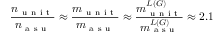
\frac { n _ { \mathrm { ~ u ~ n ~ i ~ t ~ } } } { n _ { \mathrm { ~ a ~ s ~ u ~ } } } \approx \frac { m _ { \mathrm { ~ u ~ n ~ i ~ t ~ } } } { m _ { \mathrm { ~ a ~ s ~ u ~ } } } \approx \frac { m _ { \mathrm { ~ u ~ n ~ i ~ t ~ } } ^ { L ( G ) } } { m _ { \mathrm { ~ a ~ s ~ u ~ } } ^ { L ( G ) } } \approx 2 . 1